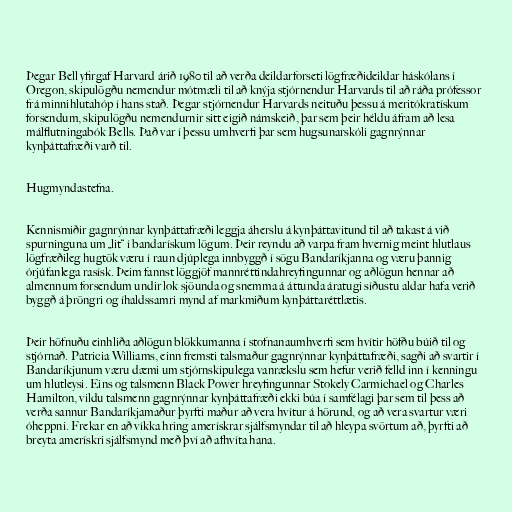
Þegar Bell yfirgaf Harvard árið 1980 til að verða deildarforseti lögfræðideildar háskólans í
Oregon, skipulögðu nemendur mótmæli til að knýja stjórnendur Harvards til að ráða prófessor
frá minnihlutahóp í hans stað. Þegar stjórnendur Harvards neituðu þessu á meritókratískum
forsendum, skipulögðu nemendurnir sitt eigið námskeið, þar sem þeir héldu áfram að lesa
málflutningabók Bells. Það var í þessu umhverfi þar sem hugsunarskóli gagnrýnnar
kynþáttafræði varð til.

Hugmyndastefna.

Kennismiðir gagnrýnnar kynþáttafræði leggja áherslu á kynþáttavitund til að takast á við
spurninguna um „lit“ í bandarískum lögum. Þeir reyndu að varpa fram hvernig meint hlutlaus
lögfræðileg hugtök væru í raun djúplega innbyggð í sögu Bandaríkjanna og væru þannig
órjúfanlega rasísk. Þeim fannst löggjöf mannréttindahreyfingunnar og aðlögun hennar að
almennum forsendum undir lok sjöunda og snemma á áttunda áratugi síðustu aldar hafa verið
byggð á þröngri og íhaldssamri mynd af markmiðum kynþáttaréttlætis.

Þeir höfnuðu einhliða aðlögun blökkumanna í stofnanaumhverfi sem hvítir höfðu búið til og
stjórnað. Patricia Williams, einn fremsti talsmaður gagnrýnnar kynþáttafræði, sagði að svartir í
Bandaríkjunum væru dæmi um stjórnskipulega vanrækslu sem hefur verið felld inn í kenningu
um hlutleysi. Eins og talsmenn Black Power hreyfingunnar Stokely Carmichael og Charles
Hamilton, vildu talsmenn gagnrýnnar kynþáttafræði ekki búa í samfélagi þar sem til þess að
verða sannur Bandaríkjamaður þyrfti maður að vera hvítur á hörund, og að vera svartur væri
óheppni. Frekar en að víkka hring amerískrar sjálfsmyndar til að hleypa svörtum að, þyrfti að
breyta amerískri sjálfsmynd með því að afhvíta hana.